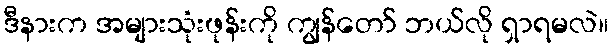
ဒီနားက အများသုံးဖုန်းကို ကျွန်တော် ဘယ်လို ရှာရမလဲ။